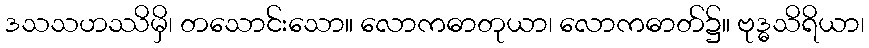
ဒသသဟဿိမှိ၊ တသောင်းသော။ လောကဓာတုယာ၊ လောကဓာတ်၌။ ဗုဒ္ဓသိရိယာ၊